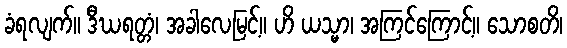
ခံရလျက်။ ဒီဃရတ္တံ၊ အခါလေမြင့်။ ဟိ ယသ္မာ၊ အကြင်ကြောင့်။ သောစတိ၊